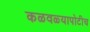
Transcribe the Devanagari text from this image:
कळवळ्यापोटीच